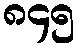
၈၄၅